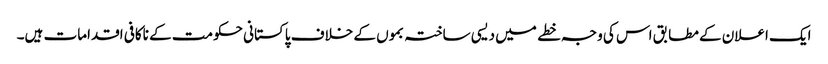
ایک اعلان کے مطابق اس کی وجہ خطے میں دیسی ساختہ بموں کے خلاف پاکستانی حکومت کے ناکافی اقدامات ہیں۔